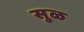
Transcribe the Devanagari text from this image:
सुळ